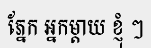
ភ្នែក អ្នកម្តាយ ខ្ញុំ ៗ